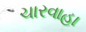
ચારવાહા